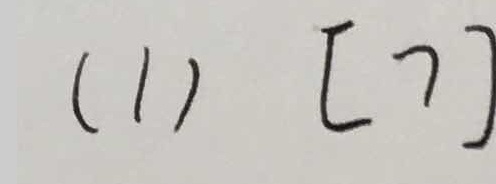
( 1 ) [ 7 ]